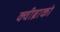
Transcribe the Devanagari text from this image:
क्वीब्राको